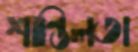
শান্তিলতা